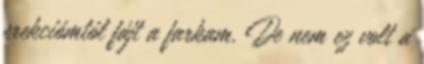
erekciómtól fájt a farkam. De nem ez volt a